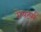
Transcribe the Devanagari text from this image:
रोयटर्स